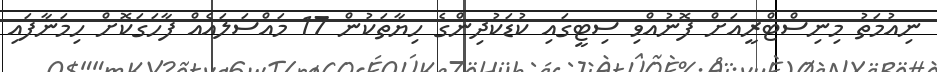
ނިއުމަތު މިނިސްޓްރީއަށް ފޮނުއްވި ސިޓީގައި ކުޑަކުދިންގެ ހިޔާތަކުން 17 މައްސަލައެއް ފާހަގަކޮށް ހިމަނާފައި